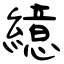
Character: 繶